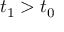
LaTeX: t _ { 1 } > t _ { 0 }